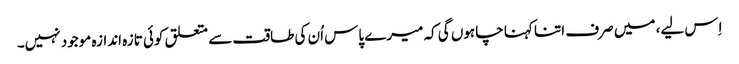
اِس لیے، میں صرف اتنا کہنا چاہوں گی کہ میرے پاس اُن کی طاقت سے متعلق کوئی تازہ اندازہ موجود نہیں۔